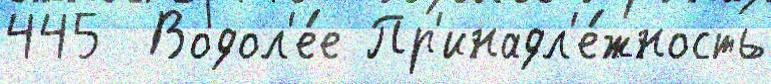
445  Водол'е́е Пр'инадл'е́жность